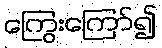
ကြွေးကြော်၍